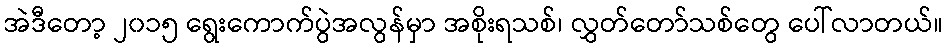
အဲဒီတော့ ၂၀၁၅ ရွေးကောက်ပွဲအလွန်မှာ အစိုးရသစ်၊ လွှတ်တော်သစ်တွေ ပေါ်လာတယ်။